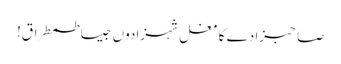
صاحبزادے کا مغل شہزادوں جیسا طمطراق!